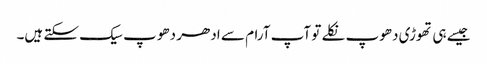
جیسے ہی تھوڑی دھوپ نکلے تو آپ آرام سے ادھر دھوپ سیک سکتے ہیں۔